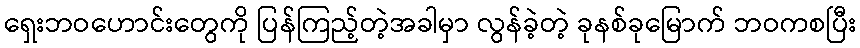
ရှေးဘဝဟောင်းတွေကို ပြန်ကြည့်တဲ့အခါမှာ လွန်ခဲ့တဲ့ ခုနစ်ခုမြောက် ဘဝကစပြီး